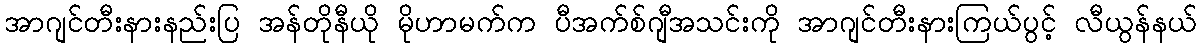
အာဂျင်တီးနားနည်းပြ အန်တိုနီယို မိုဟာမက်က ပီအက်စ်ဂျီအသင်းကို အာဂျင်တီးနားကြယ်ပွင့် လီယွန်နယ်